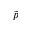
\tilde { p }